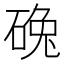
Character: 𱴒